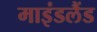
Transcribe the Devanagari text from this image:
माइंडलैंड